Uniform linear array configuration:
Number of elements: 24
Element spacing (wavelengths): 0.75
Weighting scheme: hamming
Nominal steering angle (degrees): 45
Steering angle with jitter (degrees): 43.076
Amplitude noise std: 0.05
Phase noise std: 0.05

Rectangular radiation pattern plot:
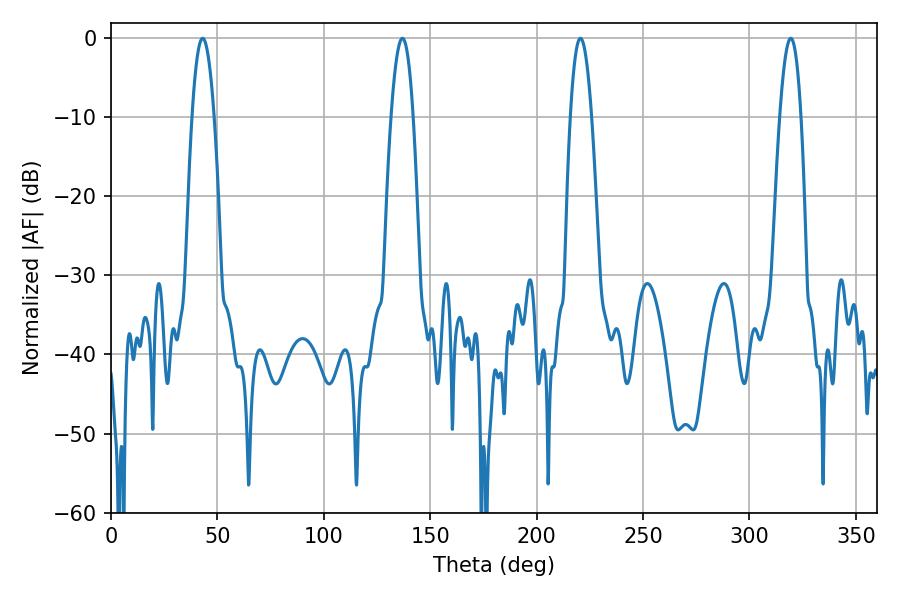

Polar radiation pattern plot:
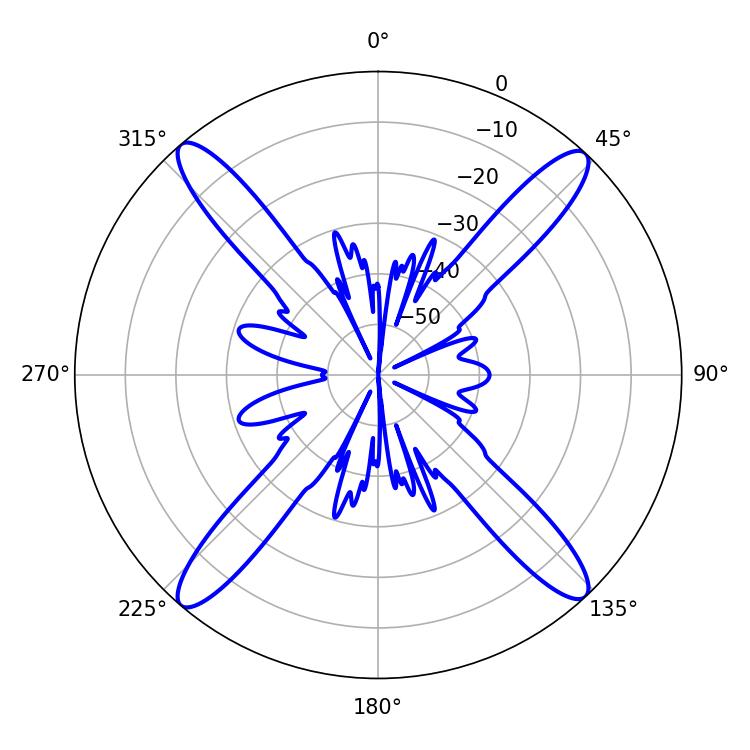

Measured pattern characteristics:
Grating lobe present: TRUE
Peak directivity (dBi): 22.238
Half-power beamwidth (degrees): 5.58
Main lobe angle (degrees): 43.02